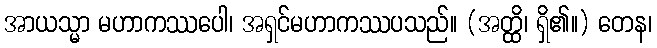
အာယသ္မာ မဟာကဿပေါ၊ အရှင်မဟာကဿပသည်။ (အတ္ထိ၊ ရှိ၏။) တေန၊